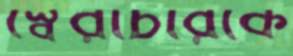
স্বৈরাচারকে